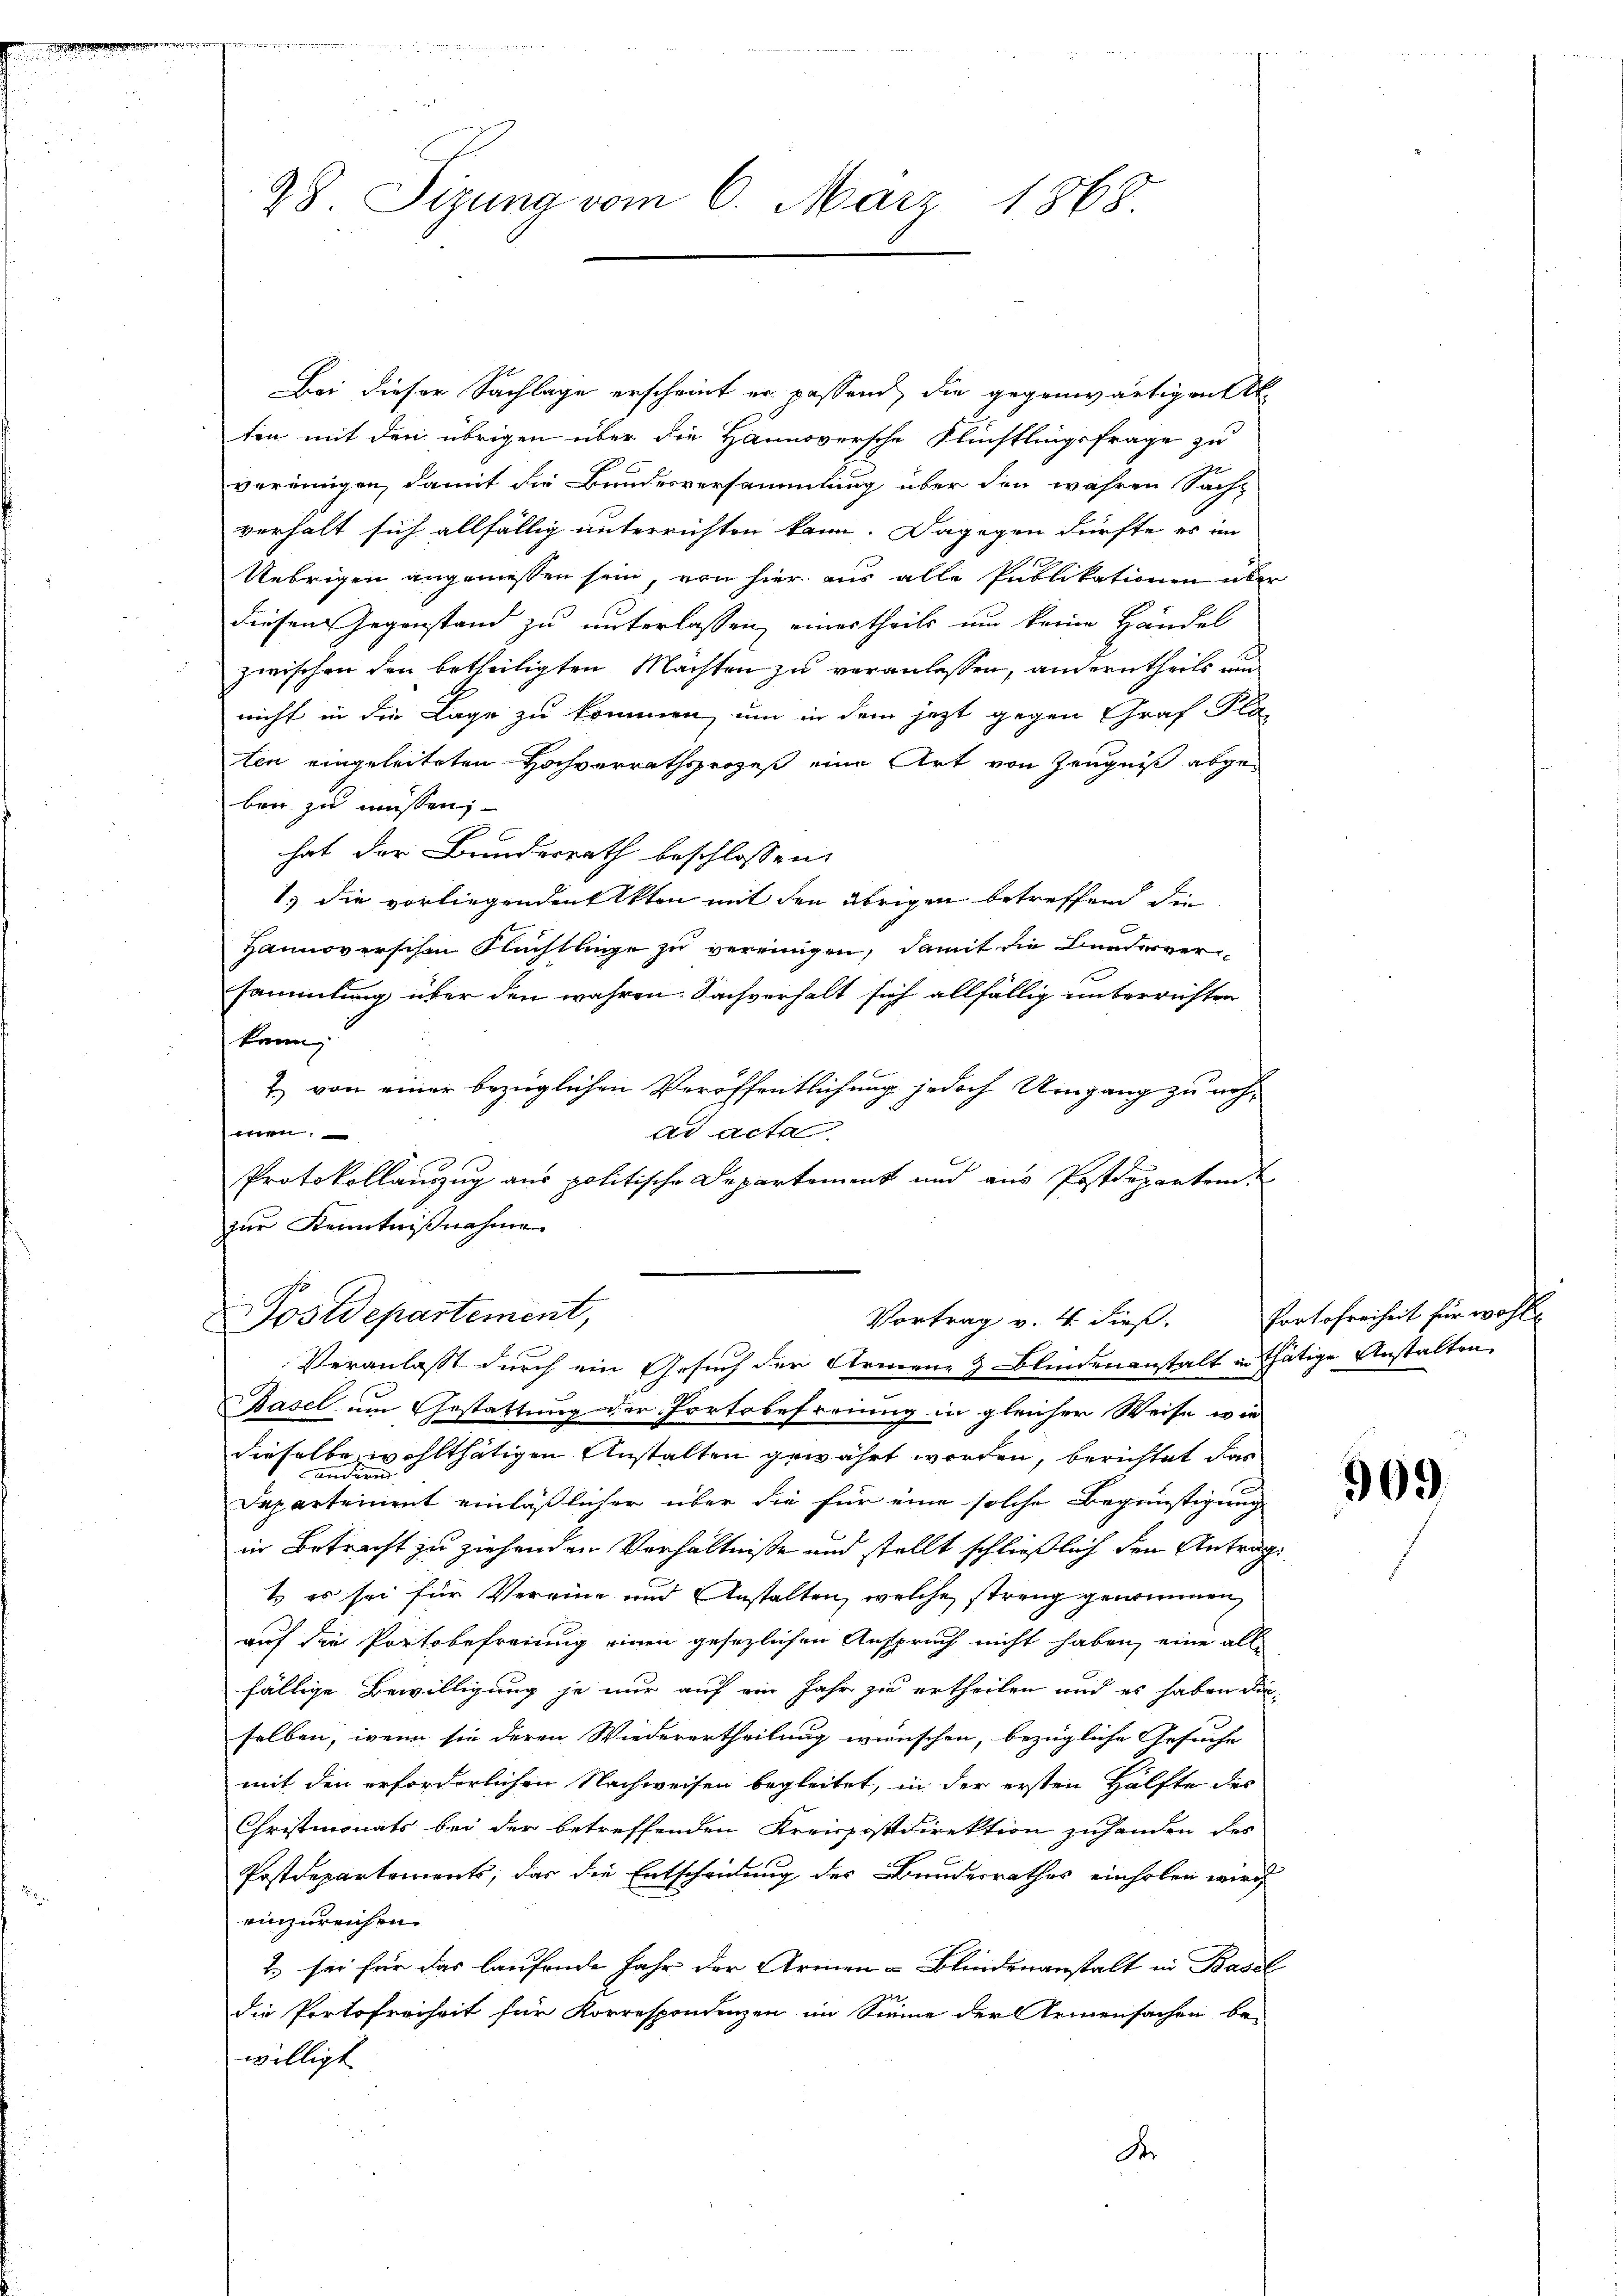
Bei dieser Sachlage erscheint er passend, die gegenwärtigen
ten mit den übrigen über die Hannoversche Flüchtlingsfrage zu
vereinigen, damit die Bundesversammlung über den währen Sach-
verhalt sich allfällig unterrichten kann. Dagegen dürfte es im
Uebrigen angemessen sein, von hier aus alle Publikationen über
diesem Gegenstand zu unterlassen, einer theils um keine Händel
zwischen den betheiligten Machten zu veranlassen, andern theils un
nicht in die Lage zu kommen, um in dem jezt gegen Graf Pla
ten eingeleiteten Hochverrathsprozeß eine Art von Zeugniß abgeben zu müssen;
hat der Bundesrath beschlossen:
1.) die vorliegenden Akten mit den übrigen betreffend die
Hannoverschen Flüchtlinge zu vereinigen, damit die Bunderver
sammlung über den wahren Sachverhalt sich allfällig unterrichten
kann
2. von einer bezüglichen Veröffentlichung jedoch Umgang zu nehbetten
ad acta
Protokollauszug aus politische Departement und aus Postdepartem
zur Kenntnißnahme

nd
28. Sizung vom 6. März 1868.

Postdepartement,
Vortrag v. 4. dieß.

Veranlasst durch ein Gesuch der Armen- & Blindenanstalt in thätige Anstalten
Basel um Gestattung der Portobefreiung in gleicher Weise wie
dieselbe wohlthätigen Anstalten gewährt werden, berichtet das
Departement einläßlicher über die für eine solche Begünstigung
in Betracht zu ziehenden Verhältnisse und stellt schließlich den Antrag
t es sei für Vereine und Anstalten, welche streng genommen,
auf die Portsbefreiung einen gesezlichen Anspruch nicht haben, eine all
fällige Bewilligung je nur auf ein Jahr zu ertheilen und es haben die
selben, wenn sie deren Wiederertheilung wünschen, bezügliche Gesuche
mit den erforderlichen Nachweisen begleitet, in der ersten Hälfte des
Christmonats bei der betreffenden Kreispostdirektion zuhanden des
Postdepartements, das die Entscheidung des Bunderrathes einholen wird
einzureichen.
2.) sei für das laufende Jahr der Armen-Blindenanstalt in Basel
die Portofreiheit für Korrespondenzen im Sinne der Armensachen be-
willigt
Dr

Portofreiheit für wohl

909